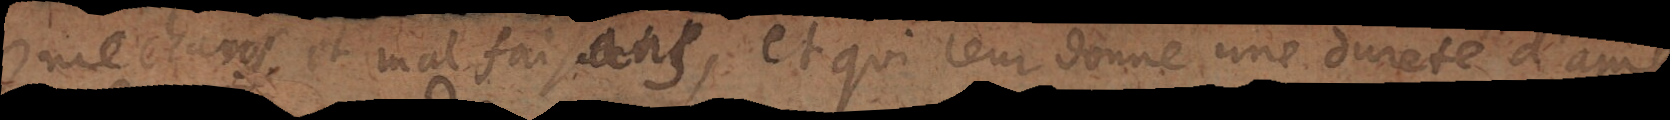
mechans et malfaisans, et qui leur donne une dureté d